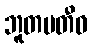
ဘူတပတီဝ